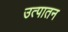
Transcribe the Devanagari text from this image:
उत्पातन